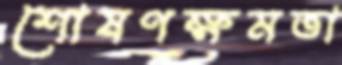
শোষণক্ষমতা